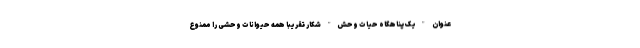
عنوان "یک پناهگاه حیات وحش" شکار تقریباً همه حیوانات وحشی را ممنوع